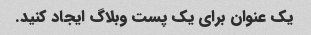
یک عنوان برای یک پست وبلاگ ایجاد کنید.